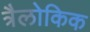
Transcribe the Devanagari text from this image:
त्रैलोकिक